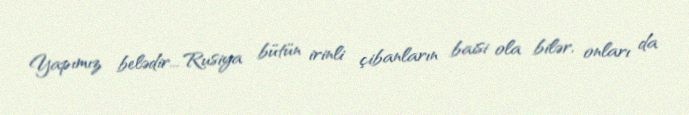
Yapımız belədir... Rusiya bütün irinli çibanların baisi ola bilər, onları da